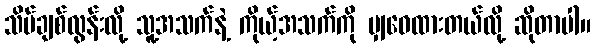
သိပ်ချစ်လွန်းလို့ သူ့အသက်နဲ့ ကိုယ့်အသက်ကို မျှဝေထားတယ်လို့ ဆိုတာပါ။